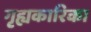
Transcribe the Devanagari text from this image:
गृह्यकारिका